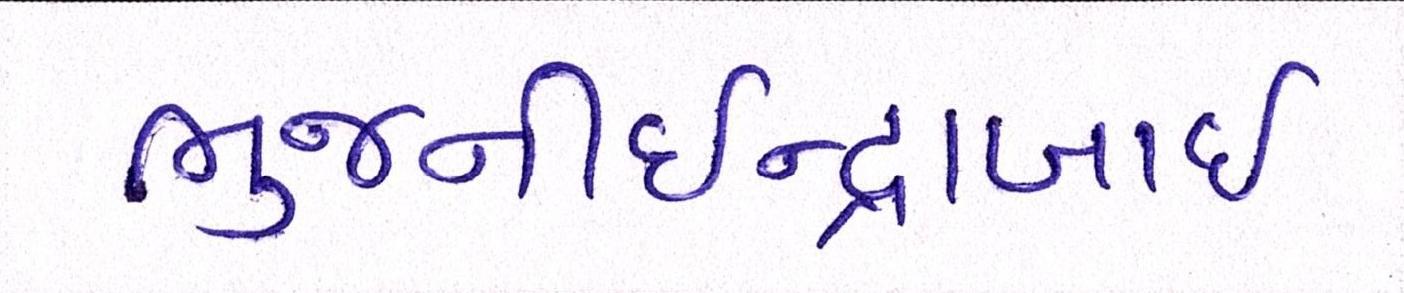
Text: ભુજનીઇન્દ્રાબાઇ